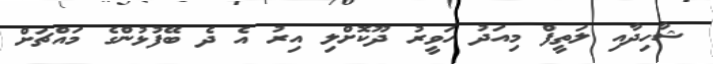
ޝާހިދާއި ލަތީފް މިއަދު ހަވީރު ދޫކޮށްލި އިރު އެ ދެ ބޭފުޅުންގެ މައްޗަށް